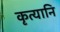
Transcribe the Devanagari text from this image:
कृत्यानि